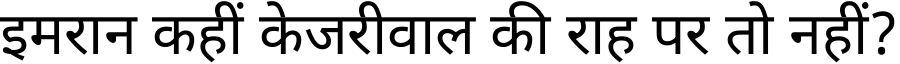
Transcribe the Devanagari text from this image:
इमरान कहीं केजरीवाल की राह पर तो नहीं?